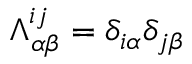
\Lambda _ { \alpha \beta } ^ { i j } = \delta _ { i \alpha } \delta _ { j \beta }